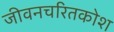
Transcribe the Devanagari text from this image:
जीवनचरितकोश